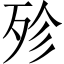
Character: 殄